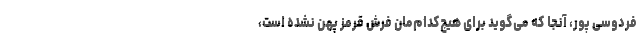
فردوسی پور، آنجا که می‌گوید برای هیچ‌کدام‌مان فرش قرمز پهن نشده است،